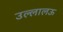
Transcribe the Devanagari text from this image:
उल्लालऊ